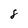
Character: 8